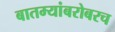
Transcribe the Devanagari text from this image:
बातम्यांबरोबरच